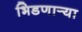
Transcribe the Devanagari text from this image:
भिडणार्‍या